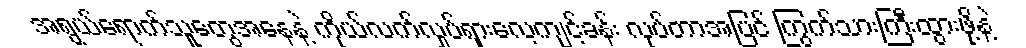
အရွယ်ရောက်သူတွေအနေနဲ့ ကိုယ်လက်လှုပ်ရှားလေ့ကျင့်ခန်း လုပ်တာအပြင် ကြွက်သားကြီးထွားဖို့နဲ့